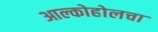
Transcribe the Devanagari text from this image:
आल्कोहोलचा